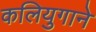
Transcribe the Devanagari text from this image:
कलियुगाने